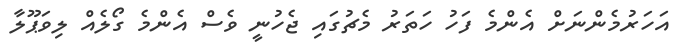
އަހަރުމެންނަށް އެންމެ ފަހު ހަތަރު މެޗުގައި ޖެހުނީ ވެސް އެންމެ ގޯލެއް ލިވަޕޫލާ